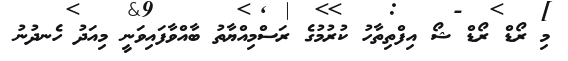
މި ރޯޑް ރޯޑް ޝޯ އިފްތިތާހު ކުރުމުގެ ރަސްމިއްޔާތު ބާއްވާފައިވަނީ މިއަދު ހެނދުނު